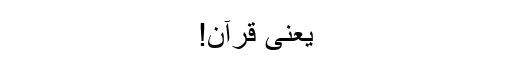
یعنی قرآن!